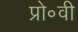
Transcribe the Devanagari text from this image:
प्रो॰वी